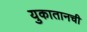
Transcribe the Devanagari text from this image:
युकातानची